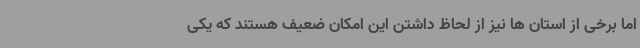
اما برخی از استان ها نیز از لحاظ داشتن این امکان ضعیف هستند که یکی